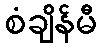
စံချိန်မီ